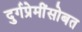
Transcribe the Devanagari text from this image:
दुर्गप्रेमींसोबत